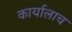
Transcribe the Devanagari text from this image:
कार्यालाच